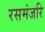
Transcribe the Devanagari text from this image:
रसमंजरि